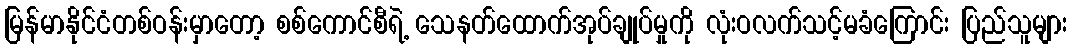
မြန်မာနိုင်ငံတစ်ဝန်းမှာတော့ စစ်ကောင်စီရဲ့ သေနတ်ထောက်အုပ်ချုပ်မှုကို လုံးဝလက်သင့်မခံကြောင်း ပြည်သူများ